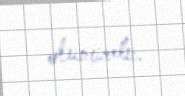
olunurdu.